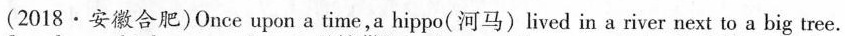
(2018·安徽合肥)Once upon a time,a hippo( 河马)lived in a river next to a big tree.